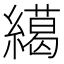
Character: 𦅶